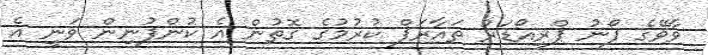
ވާވޭގެ ފޯނު ޕްރީއޯޑަރު ތައާރަފް ކުރުމުގެ ގޮތުން އެ ކުންފުނިން ވަނީ އެ